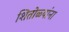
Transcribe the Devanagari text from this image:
शितोळ्यांना